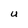
Character: U